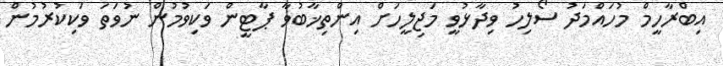
އިބްރާހީމް މުހައްމަދު ސޯލިހު ވިދާޅުވީ މަޖިލީހަށް އިންތިޚާބުވާ ޕާޓީން ވަކިވުމުން ނުވަތަ ވަކިކުރުމުން